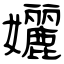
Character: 孋